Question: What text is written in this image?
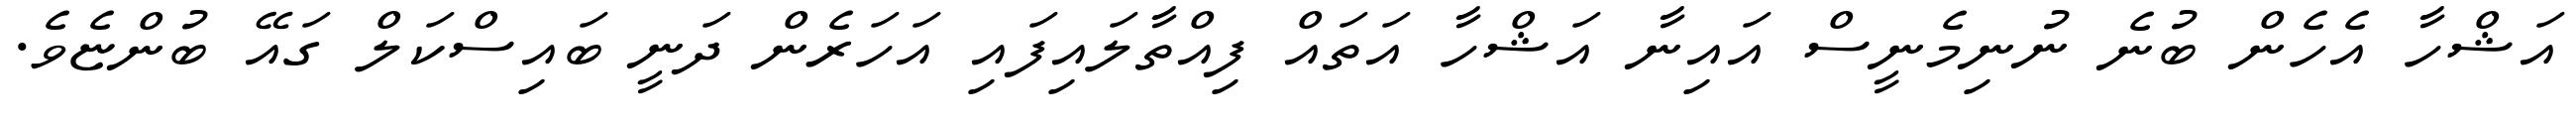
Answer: އަޝްހާ އެހެން ބުނެ ނުނިމެނީސް އައިނާ އަޝްހާ އަތައް ފިއްތާލައިފައި އަހަރެން ދަނީ ބައިސްކަލް ގައޭ ބުންޏެވެ.